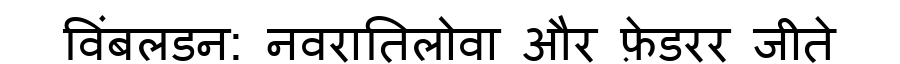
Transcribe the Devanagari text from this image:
विंबलडन: नवरातिलोवा और फ़ेडरर जीते